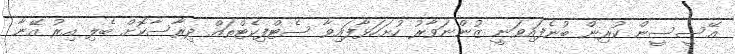
އޭސީސީން ކުރިން ބުނެފައިވަނީ ޒުންނަވާރު ހުށަހަޅާފައިވާ ސެޓްފިކެޓްތައް ދިރާސާކޮށް ބެލި އިރު އޭނާ